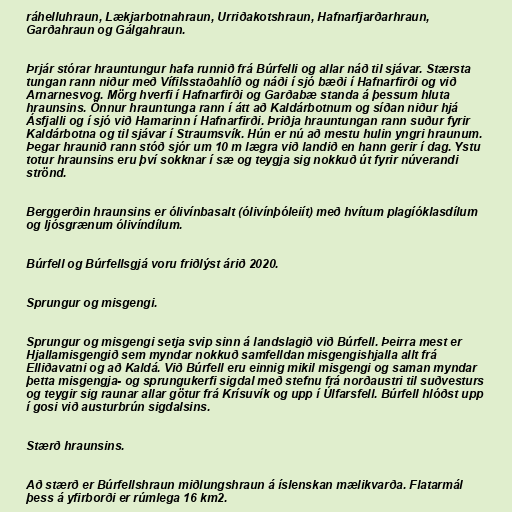
ráhelluhraun, Lækjarbotnahraun, Urriðakotshraun, Hafnarfjarðarhraun,
Garðahraun og Gálgahraun.

Þrjár stórar hrauntungur hafa runnið frá Búrfelli og allar náð til sjávar. Stærsta
tungan rann niður með Vífilsstaðahlíð og náði í sjó bæði í Hafnarfirði og við
Arnarnesvog. Mörg hverfi í Hafnarfirði og Garðabæ standa á þessum hluta
hraunsins. Önnur hrauntunga rann í átt að Kaldárbotnum og síðan niður hjá
Ásfjalli og í sjó við Hamarinn í Hafnarfirði. Þriðja hrauntungan rann suður fyrir
Kaldárbotna og til sjávar í Straumsvík. Hún er nú að mestu hulin yngri hraunum.
Þegar hraunið rann stóð sjór um 10 m lægra við landið en hann gerir í dag. Ystu
totur hraunsins eru því sokknar í sæ og teygja sig nokkuð út fyrir núverandi
strönd.

Berggerðin hraunsins er ólivínbasalt (ólivínþóleiít) með hvítum plagíóklasdílum
og ljósgrænum ólivíndílum.

Búrfell og Búrfellsgjá voru friðlýst árið 2020.

Sprungur og misgengi.

Sprungur og misgengi setja svip sinn á landslagið við Búrfell. Þeirra mest er
Hjallamisgengið sem myndar nokkuð samfelldan misgengishjalla allt frá
Elliðavatni og að Kaldá. Við Búrfell eru einnig mikil misgengi og saman myndar
þetta misgengja- og sprungukerfi sigdal með stefnu frá norðaustri til suðvesturs
og teygir sig raunar allar götur frá Krísuvík og upp í Úlfarsfell. Búrfell hlóðst upp
í gosi við austurbrún sigdalsins.

Stærð hraunsins.

Að stærð er Búrfellshraun miðlungshraun á íslenskan mælikvarða. Flatarmál
þess á yfirborði er rúmlega 16 km2.